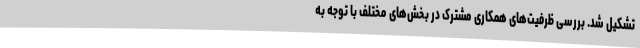
تشکیل شد. بررسی ظرفیت‌های همکاری مشترک در بخش‌های مختلف با توجه به